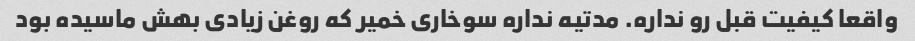
واقعا کیفیت قبل رو نداره. مدتیه نداره سوخاری خمیر که روغن زیادی بهش ماسیده بود